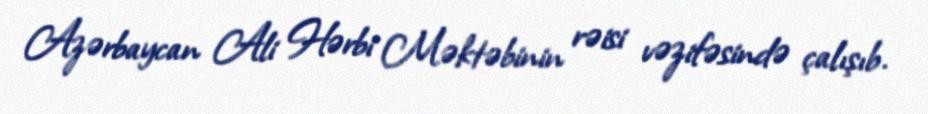
Azərbaycan Ali Hərbi Məktəbinin rəisi vəzifəsində çalışıb.